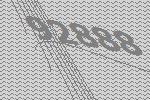
92888